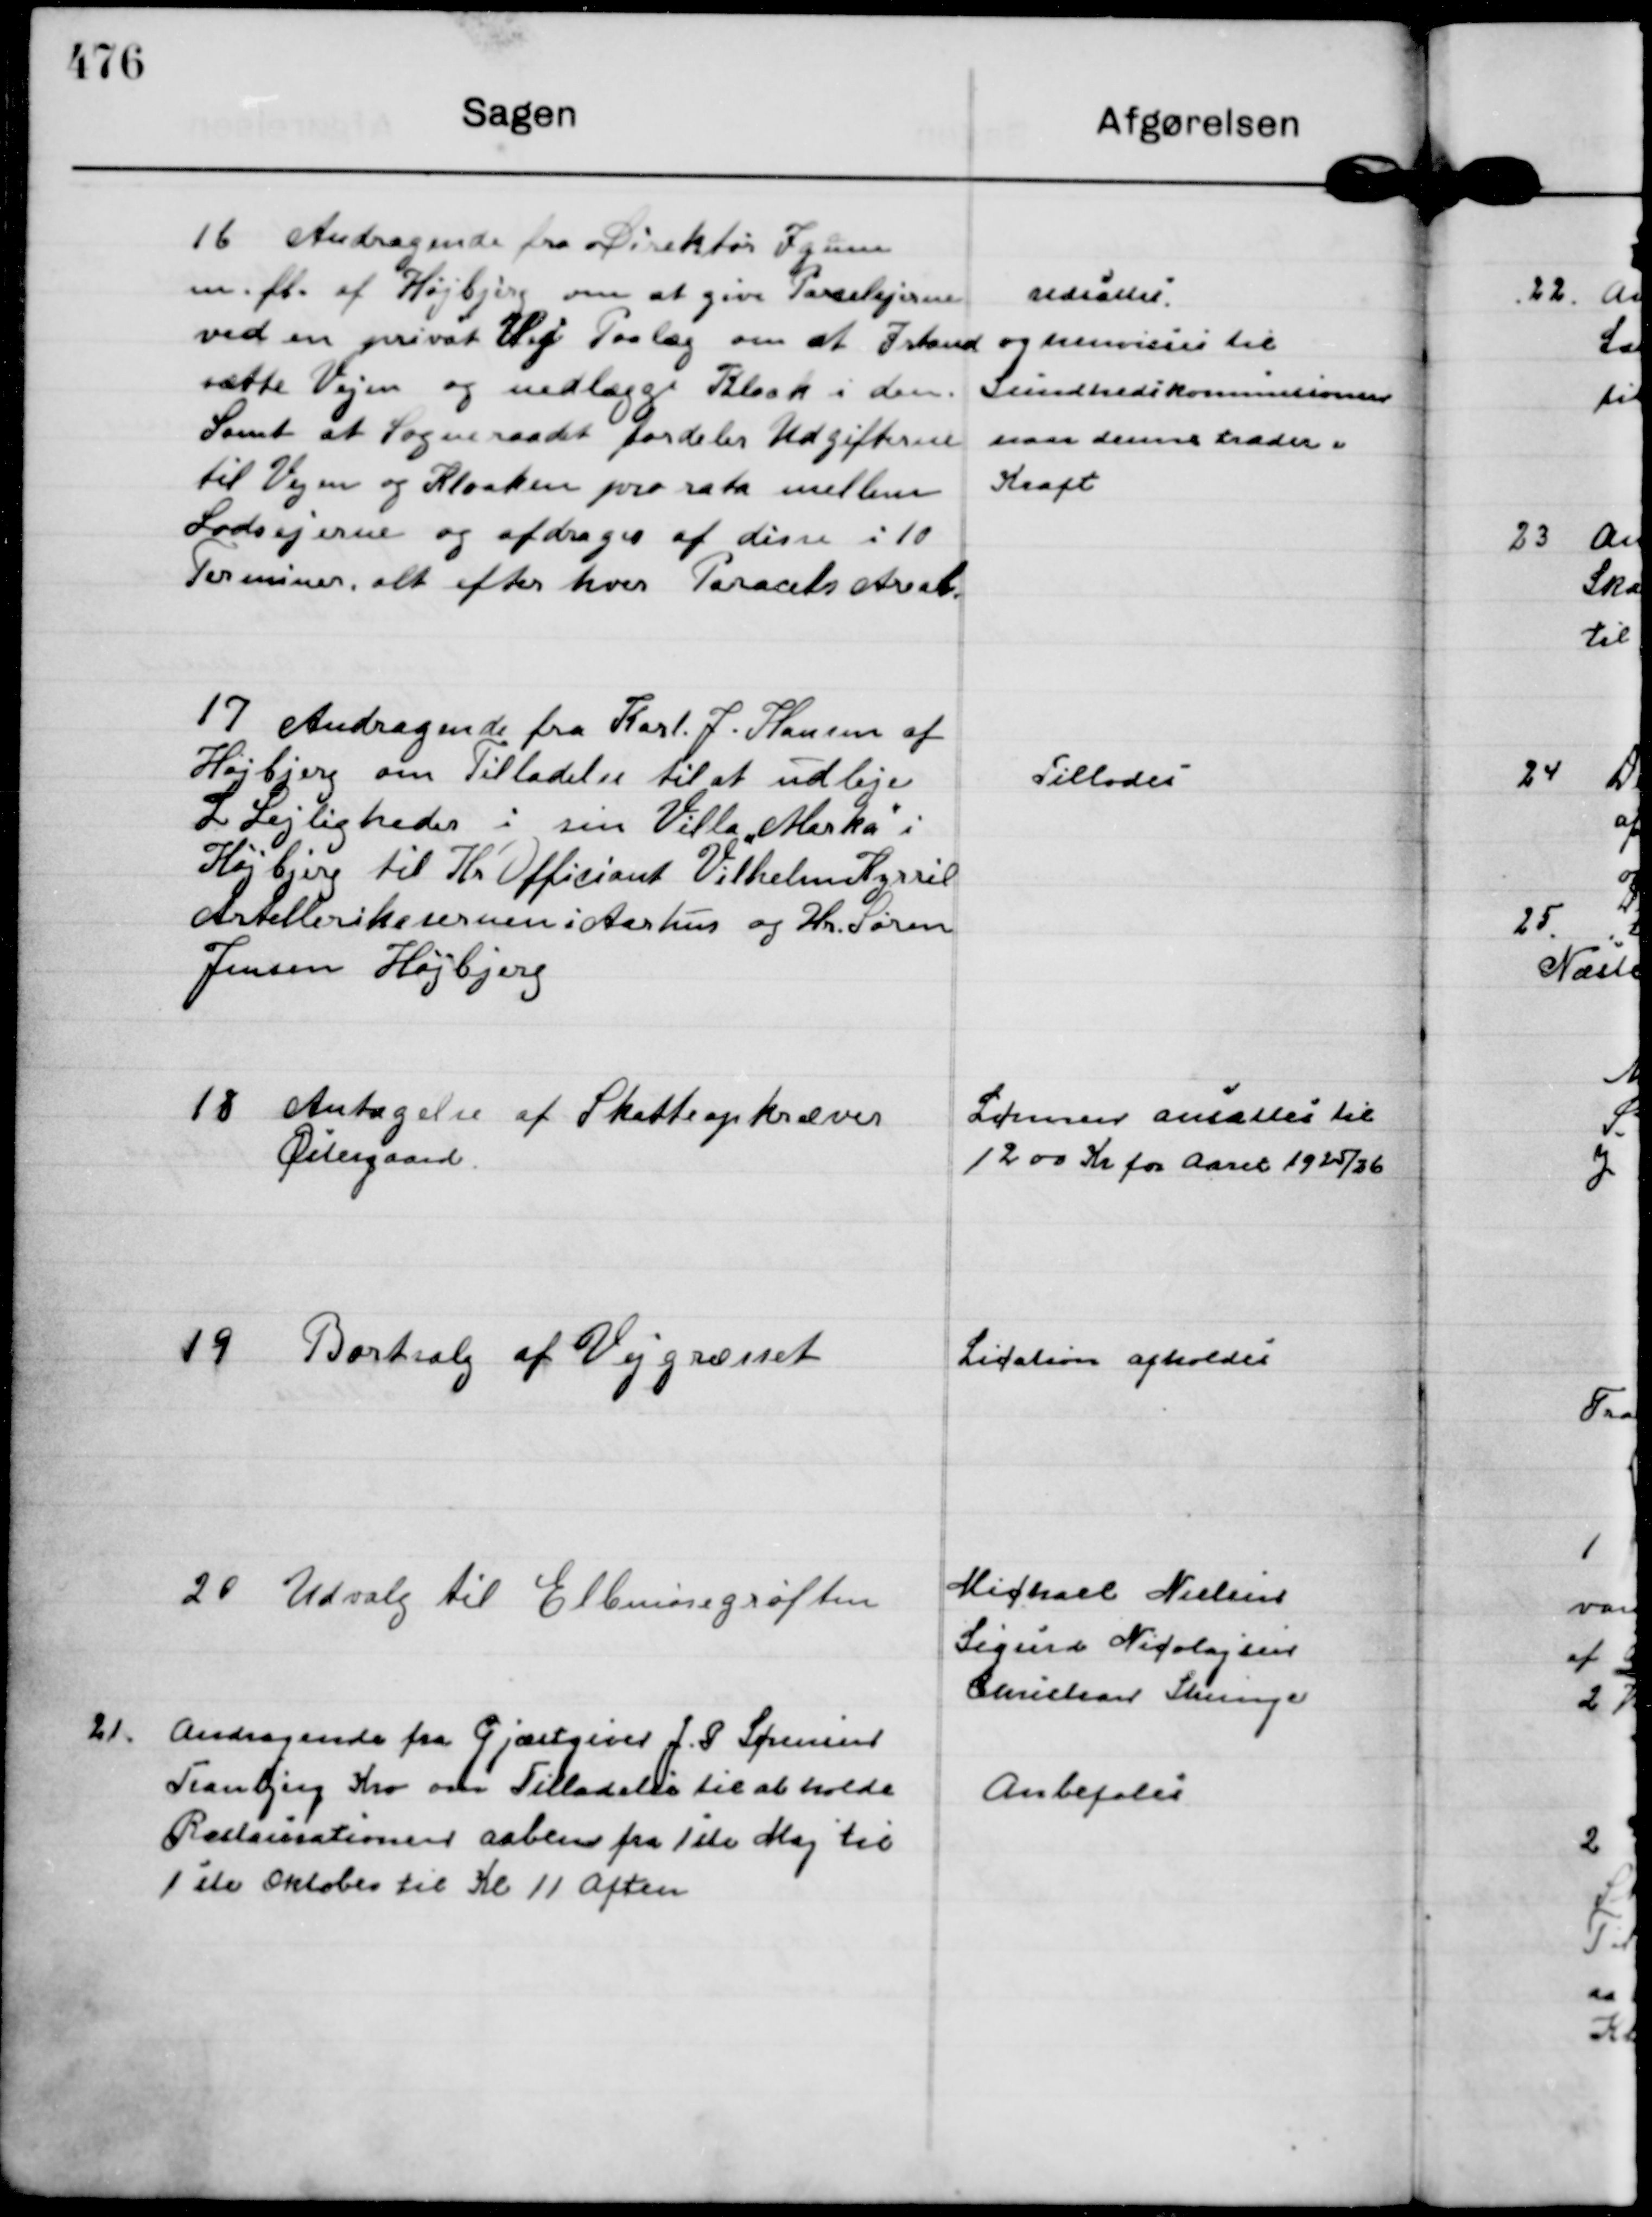
Transskription:
16
Andragende fra Direktør Igum
m. fl. af Højbjerg om at give Parcelejerne
ved en privat Vej Paalæg om at Istand
sætte Vejen og nedlægge Kloak i den.
Samt at Sogneraadet fordeler Udgifterne
til Vejen og Kloaken pro rata mellem
Lodsejerne og afdrages af disse i 10
Terminer, alt efter hver Parcela Areal.

udsattes
og henvisies til
Sundhedskommisionen
naar denne træder i
Kraft

17
Andragende fra Karl. J. Hansen af
Højbjerg om Tilladelse til at udleje
2 Lejligheder i sin Villa "Marka" i


Højbjerg til Hr Officiant Vilhelm Kyrril
Artellerikasernen i Aarhus og Hr. Søren
Jensen Højbjerg

Tillodes

18
Antagelse af Skatteopkræver
Østergaard.

Lønnen ansættes til
1200 Kr for Aaret 1924/26

19
Bortsalg af Vejgræsset

Lication afholdes

20
Udvalg til Ellemosegrøften

Michael Nielsen
Sigurd Nicolajsen
Christian Strunge

21.
Andragende fra Gjæstgiver J. P Sørensen
Tranbjerg Kro om Tilladelse til at holde
Restaurationen aaben fra 1 ste Maj til
1 ste Oktober til Kl 11 Aften

Anbefales